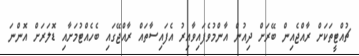
ޗުއްޓީތަކަށް ރާއްޖެއިން ބޭރަށް ދިއުން އާންމުވެފައިވާއިރު އެފައިސާތައް ރާއްޖޭގައި ބެހެއްޓުމަށާއި ޑޮލަރަށް އޮންނަ